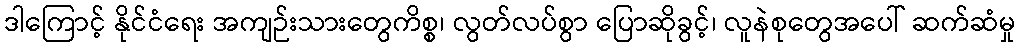
ဒါကြောင့် နိုင်ငံရေး အကျဉ်းသားတွေကိစ္စ၊ လွတ်လပ်စွာ ပြောဆိုခွင့်၊ လူနဲစုတွေအပေါ် ဆက်ဆံမှု